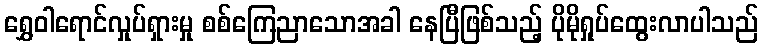
ရွှေဝါရောင်လှုပ်ရှားမှု စစ်ကြေညာသောအခါ နေပြီဖြစ်သည့် ပိုမိုရှုပ်ထွေးလာပါသည်